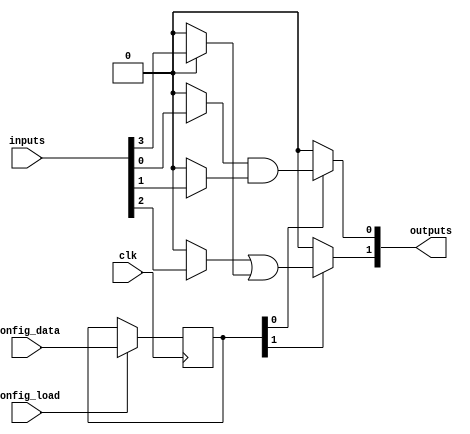
module programmable_logic_block #(
    parameter NUM_INPUTS = 4,
    parameter NUM_OUTPUTS = 2,
    parameter NUM_CONFIG_BITS = 16 // Number of configuration bits for logic gates
)(
    input wire clk,
    input wire [NUM_INPUTS-1:0] inputs,
    input wire [NUM_CONFIG_BITS-1:0] config_data,
    input wire config_load,
    output reg [NUM_OUTPUTS-1:0] outputs
);

    // Internal signals
    reg [NUM_INPUTS-1:0] mux_select;
    reg [NUM_CONFIG_BITS-1:0] sram [0:NUM_OUTPUTS-1]; // SRAM for configuration
    wire [NUM_INPUTS-1:0] selected_inputs;

    // MUX for selecting inputs based on configuration
    generate
        genvar i;
        for (i = 0; i < NUM_INPUTS; i = i + 1) begin : mux
            assign selected_inputs[i] = (mux_select[i]) ? inputs[i] : 1'b0; // Simple MUX logic
        end
    endgenerate

    // Configuration loading logic
    always @(posedge clk) begin
        if (config_load) begin
            // Load configuration data into SRAM
            sram[0] <= config_data; // Example: Load config for first output
            // Additional logic can be added to load more configurations
        end
    end

    // Combinational logic implementation
    always @(*) begin
        // Example combinational logic based on SRAM configuration
        outputs[0] = (sram[0][0]) ? (selected_inputs[0] & selected_inputs[1]) : 1'b0; // AND gate
        outputs[1] = (sram[0][1]) ? (selected_inputs[2] | selected_inputs[3]) : 1'b0; // OR gate
        // Additional logic can be added based on more configuration bits
    end

endmodule